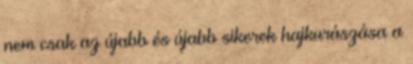
nem csak az újabb és újabb sikerek hajkurászása a